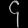
Digit: ၄